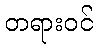
တရားဝင်